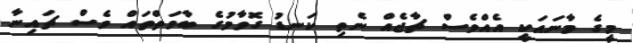
މީގެ މާނައަކީ އެއްވެސް ޗާޖެއް ނެތި ކަނޑު ގޮވާމުގެ ބާވަތްތައް ވެސް ޗައިނާ